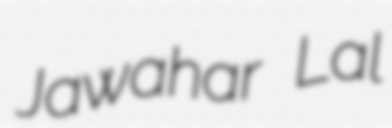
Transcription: Jawahar Lal